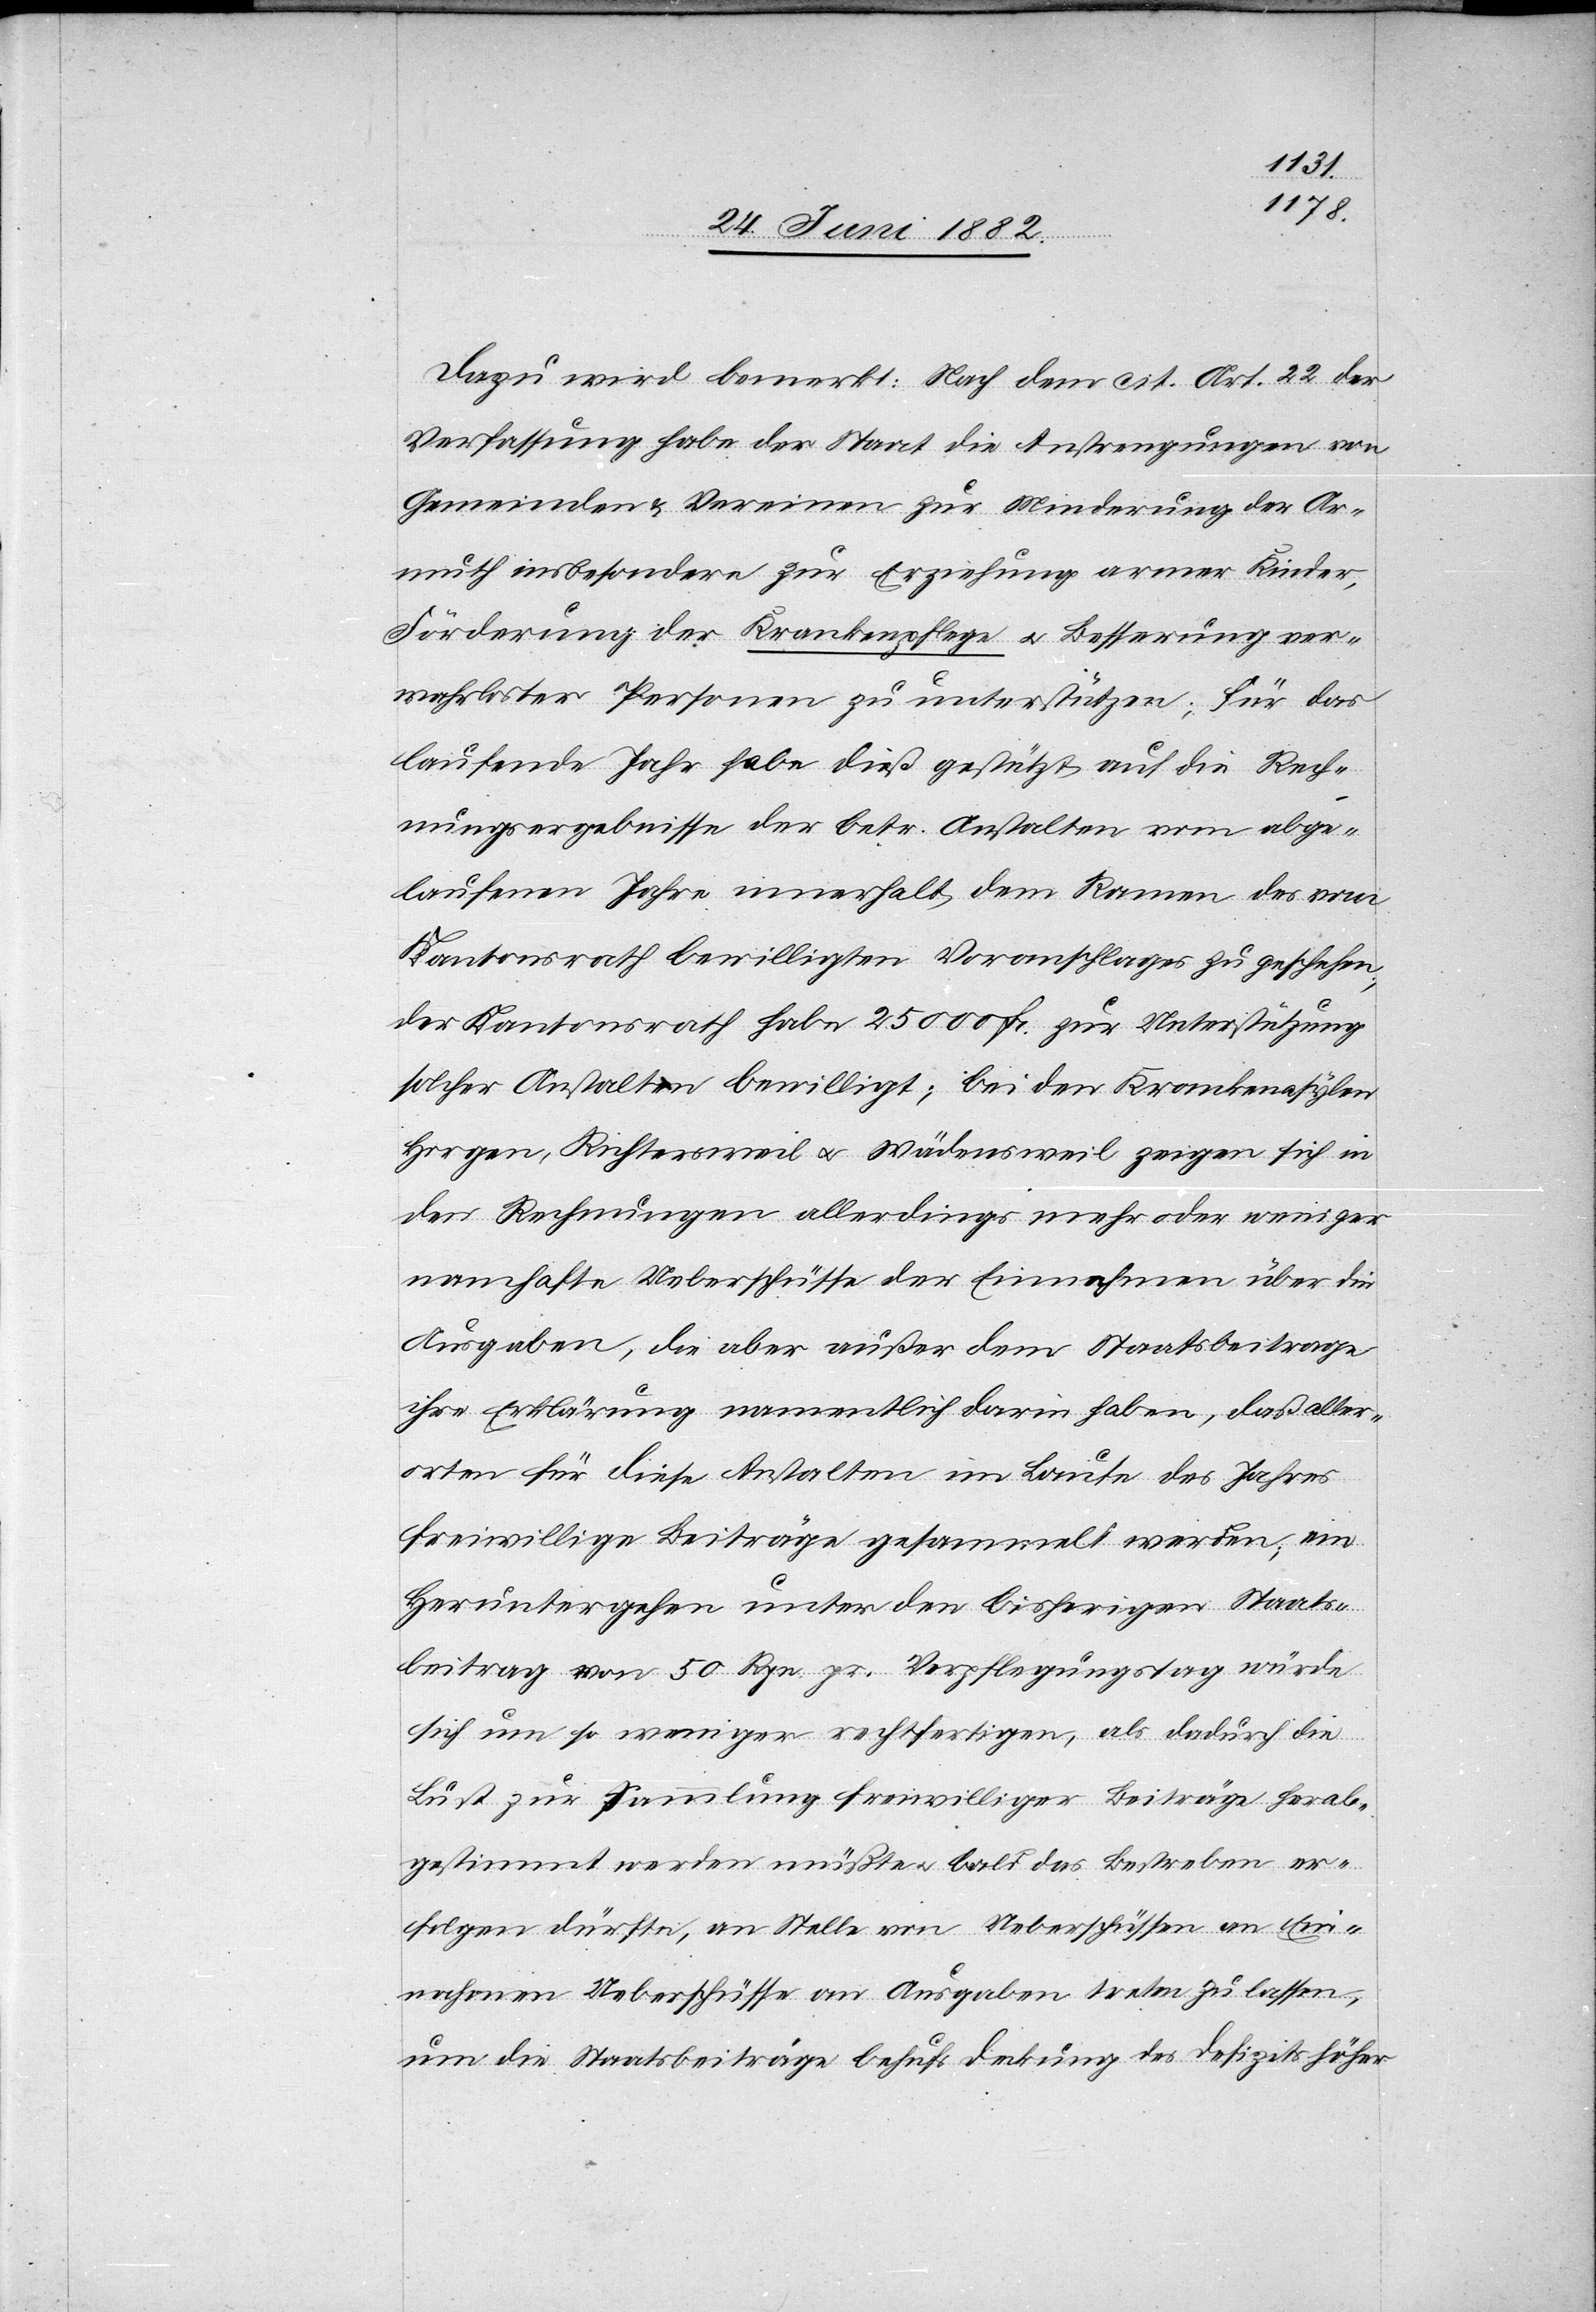
Dazu wird bemerkt: Nach dem cit. Art. 22 der
Verfassung habe der Staat die Anstrengungen von
Gemeinde & Vereinen zur Minderung der Ar¬
muth insbesondere zur Erziehung armer Kinder,
Förderung der Krankenpflege u. Besserung ver¬
wahrloster Personen zu unterstützen; für das
laufende Jahr habe dieß gestützt auf die Rech¬
nungsergebnisse der betr. Anstalten vom abge¬
laufenen Jahre innerhalb dem Ramen [sic!] des vom
Kantonsrath bewilligten Voranschlages zu geschehen;
der Kantonsrath habe 25 000 Fr. zur Unterstützung
solcher Anstalten bewilligt; bei den Krankenasylen
Horgen, Richtersweil u. Wädensweil zeigen sich in
den Rechnungen allerdings mehr oder weniger
namhafte Ueberschüsse der Einnahmen über die
Ausgaben, die aber außer dem Staatsbeitrage
ihre Erklärung namentlich darin haben, daß aller¬
orten für diese Anstalten im Laufe des Jahres
freiwillige Beiträge gesammelt werden; ein
Heruntergehen unter den bisherigen Staats¬
beitrag von 50 Rpn. pr. Verpflegungstag würde
sich um so weniger Rechtfertigen, als dadurch die
Lust zur Sammlung freiwilliger Beiträge herab¬
gestimmt werden müßte u. bald das Bestreben er¬
folgen dürfte, an Stelle von Ueberschüssen an Ein¬
nahmen Ueberschüsse an Ausgaben treten zu lassen,
um die Staatsbeiträge behufs Deckung des Defizits höher